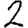
Digit: 2